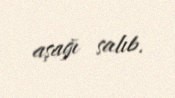
aşağı salıb.